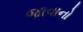
જાવાનો